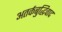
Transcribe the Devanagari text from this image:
अतर्कबुद्धिवाद